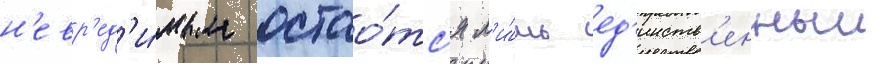
н'евр'ед'и́мым остао́тс'я л'и́шь ед'инств'енныи